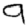
Digit: 9